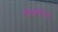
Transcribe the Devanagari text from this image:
रोसमॉन्ट